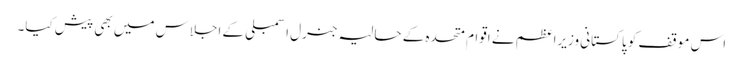
اس موقف کو پاکستانی وزیراعظم نے اقوام متحدہ کے حالیہ جنرل اسمبلی کے اجلاس میں بھی پیش کیا۔